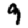
Digit: 9